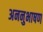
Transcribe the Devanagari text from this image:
अननुभाषण